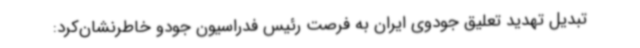
تبدیل تهدید تعلیق جودوی ایران به فرصت رئیس فدراسیون جودو خاطرنشان‌کرد: